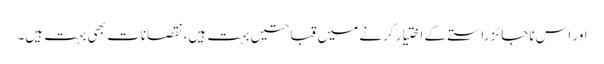
اور اس ناجائز راستے کے اختیار کرنے میں قباحتیں بہت ہیں، نقصانات بھی بہت ہیں۔